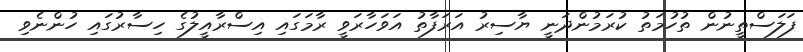
ފަލަސްތީނުން ތުހުމަތު ކުރަމުންދަނީ ޔާސިރު އަރަފާތު އަވަހާރަވީ ރާމަގައި އިސްރާއީލުގެ ހިސާރުގައި ހުންނެވި